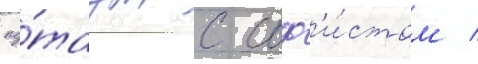
пу́таут с соф'и́стом /